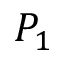
P _ { 1 }